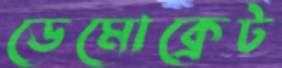
ডেমোক্রেট